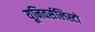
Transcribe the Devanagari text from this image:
यूनिवर्सलिस्टों